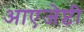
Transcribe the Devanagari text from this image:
आएजेप्टी